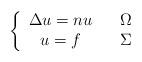
LaTeX: \begin{align*}\left\{\begin{array}[c]{ccc}\Delta u=nu & & \Omega\\u=f & & \Sigma\end{array}\right.\end{align*}